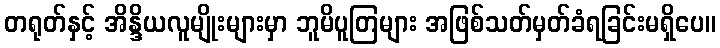
တရုတ်နှင့် အိန္ဒိယလူမျိုးများမှာ ဘူမိပူတြများ အဖြစ်သတ်မှတ်ခံရခြင်းမရှိပေ။